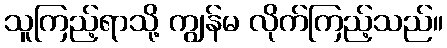
သူကြည့်ရာသို့ ကျွန်မ လိုက်ကြည့်သည်။